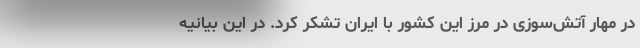
در مهار آتش‌سوزی در مرز این کشور با ایران تشکر کرد. در این بیانیه